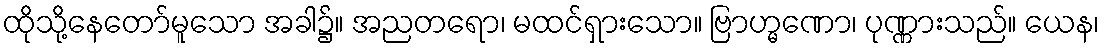
ထိုသို့နေတော်မူသော အခါ၌။ အညတရော၊ မထင်ရှားသော။ ဗြာဟ္မဏော၊ ပုဏ္ဏားသည်။ ယေန၊